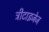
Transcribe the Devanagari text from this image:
ट्रीटाइजेज